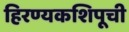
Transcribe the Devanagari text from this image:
हिरण्यकशिपूची